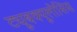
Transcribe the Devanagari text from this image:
ट्यूबक्यूलोसिस